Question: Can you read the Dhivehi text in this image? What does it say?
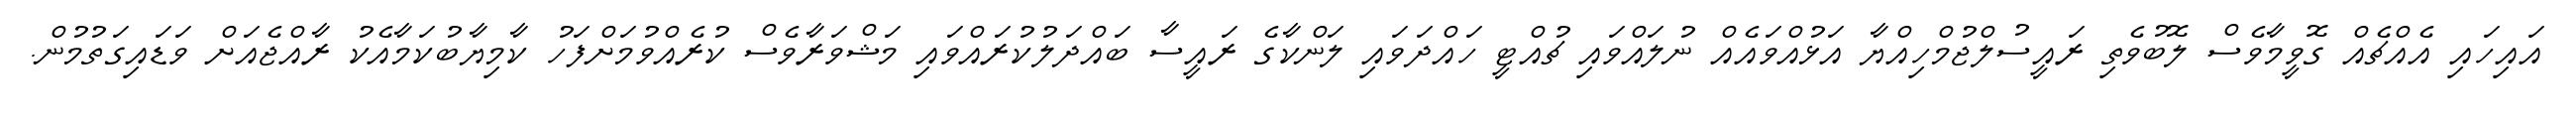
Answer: އައިހައި އެއްޗެއް ގޮވީމާވެސް ލޮބުވެތި ރައީސުލްޖުމްހިއްޔާ އަޅުއްވައެއް ނުލައްވައި ޗުއްޓީ ހައްދަވައި ލަންކާގެ ރައީސާ ބައްދަލުކުރައްވައި މަޝްވަރާވެސް ކުރެއްވުމަށްފަހު ކާމިޔާބުކަމާއެކު ރާއްޖެއަށް ވަޑައިގަތުމުން.